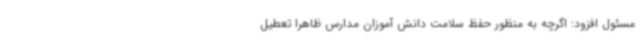
مسئول افزود: اگرچه به منظور حفظ سلامت دانش آموزان مدارس ظاهراً تعطیل